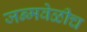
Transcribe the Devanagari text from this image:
जन्मवेळीच